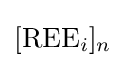
[{\text{REE}}_{i}]_{n}